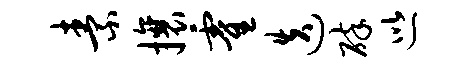
素攘霍迭碎巡